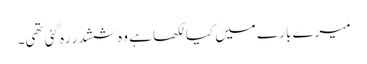
میرے بارے میں کیا لکھا ہے وہ ششدر رہ گئی تھی۔